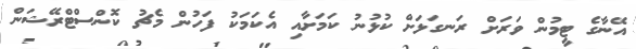
އޭނާގެ ޓީމުން ވަރަށް ރަނގަޅަށް ކުޅުނު ކަމަށާއި އެކަމަކު ފަހުން މެޗު ކޮންސްޓްރޭޝަން